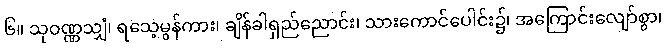
၆။ သုဝဏ္ဏသျှံ၊ ရသေ့မွန်ကား၊ ချိန်ခါရှည်ညောင်း၊ သားကောင်ပေါင်း၌၊ အကြောင်းလျော်စွာ၊